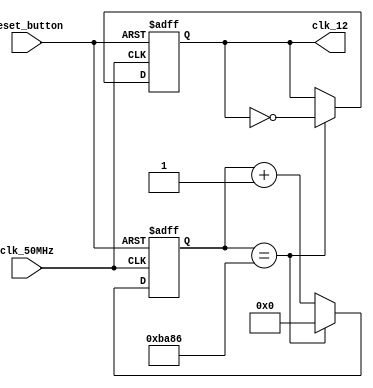
module clk523hz(
    input clk_50MHz,
    input reset_button,
    output clk_12
    );
    
    reg [25:0] ctr_reg = 0;                
    reg clk_out_reg = 0;
    
    always @(posedge clk_50MHz or posedge reset_button)
        if(reset_button) begin
            ctr_reg <= 0;
            clk_out_reg <= 0;
        end
		  else
            if(ctr_reg == 47750) begin  
                ctr_reg <= 0;
                clk_out_reg <= ~clk_out_reg;
            end
            else
                ctr_reg <= ctr_reg + 1;
    
    assign clk_12 = clk_out_reg;
    
endmodule